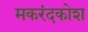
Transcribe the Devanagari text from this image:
मकरंदकोश